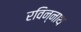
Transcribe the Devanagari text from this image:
रविन्नाथ